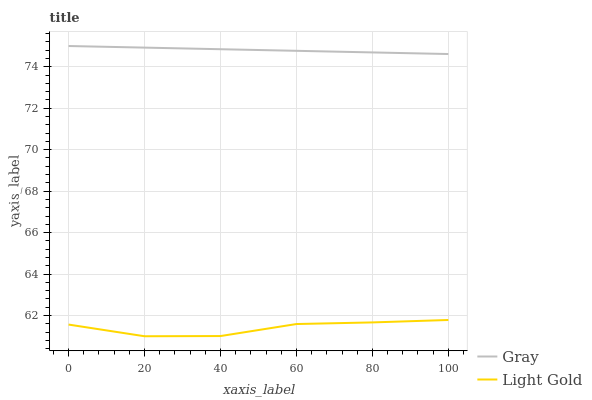
| xaxis_label | Gray | Light Gold |
 | --- | --- | --- |
 | 0 | 75 | 61.6 |
 | 20 | 74.9 | 61 |
 | 40 | 74.8 | 61 |
 | 60 | 74.8 | 61.6 |
 | 80 | 74.7 | 61.7 |
 | 100 | 74.6 | 61.8 |